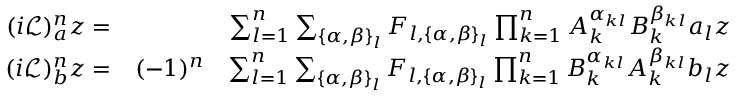
\begin{array} { r l r } { ( i \mathcal { L } ) _ { a } ^ { n } z = } & { { } } & { \sum _ { l = 1 } ^ { n } \sum _ { \{ \alpha , \beta \} _ { l } } F _ { l , \{ \alpha , \beta \} _ { l } } \prod _ { k = 1 } ^ { n } A _ { k } ^ { \alpha _ { k l } } B _ { k } ^ { \beta _ { k l } } a _ { l } z } \\ { ( i \mathcal { L } ) _ { b } ^ { n } z = } & { { } ( - 1 ) ^ { n } } & { \sum _ { l = 1 } ^ { n } \sum _ { \{ \alpha , \beta \} _ { l } } F _ { l , \{ \alpha , \beta \} _ { l } } \prod _ { k = 1 } ^ { n } B _ { k } ^ { \alpha _ { k l } } A _ { k } ^ { \beta _ { k l } } b _ { l } z } \end{array}